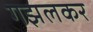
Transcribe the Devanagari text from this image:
गझलकर